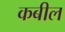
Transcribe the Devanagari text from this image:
कबील